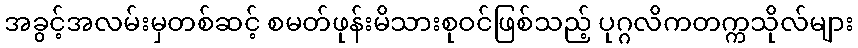
အခွင့်အလမ်းမှတစ်ဆင့် စမတ်ဖုန်းမိသားစုဝင်ဖြစ်သည့် ပုဂ္ဂလိကတက္ကသိုလ်များ